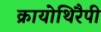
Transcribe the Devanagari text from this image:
क्रायोथिरैपी